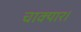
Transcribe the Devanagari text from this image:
चाक्यार।